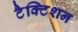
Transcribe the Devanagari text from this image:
टैक्टिशन